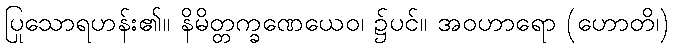
ပြုသောရဟန်း၏။ နိမိတ္တက္ခဏေယေဝ၊ ၌ပင်။ အဝဟာရော (ဟောတိ၊)